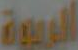
المربية